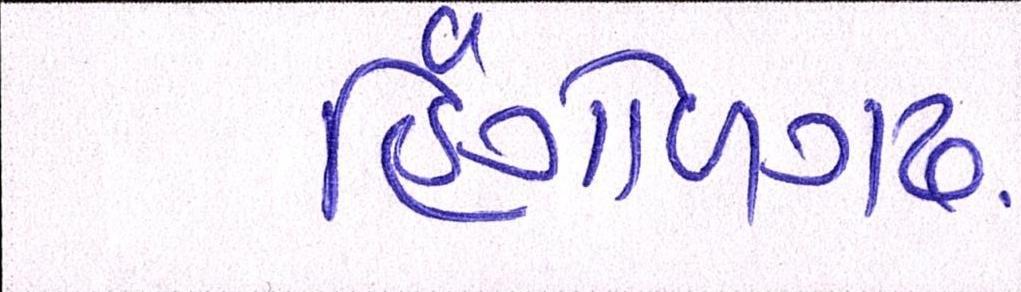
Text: હિંગોળગઢ